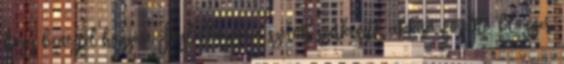
hogy benéztél hozzám. Foglalkozásom szerint szerkesztő, cikkíró, fordító, blogger,